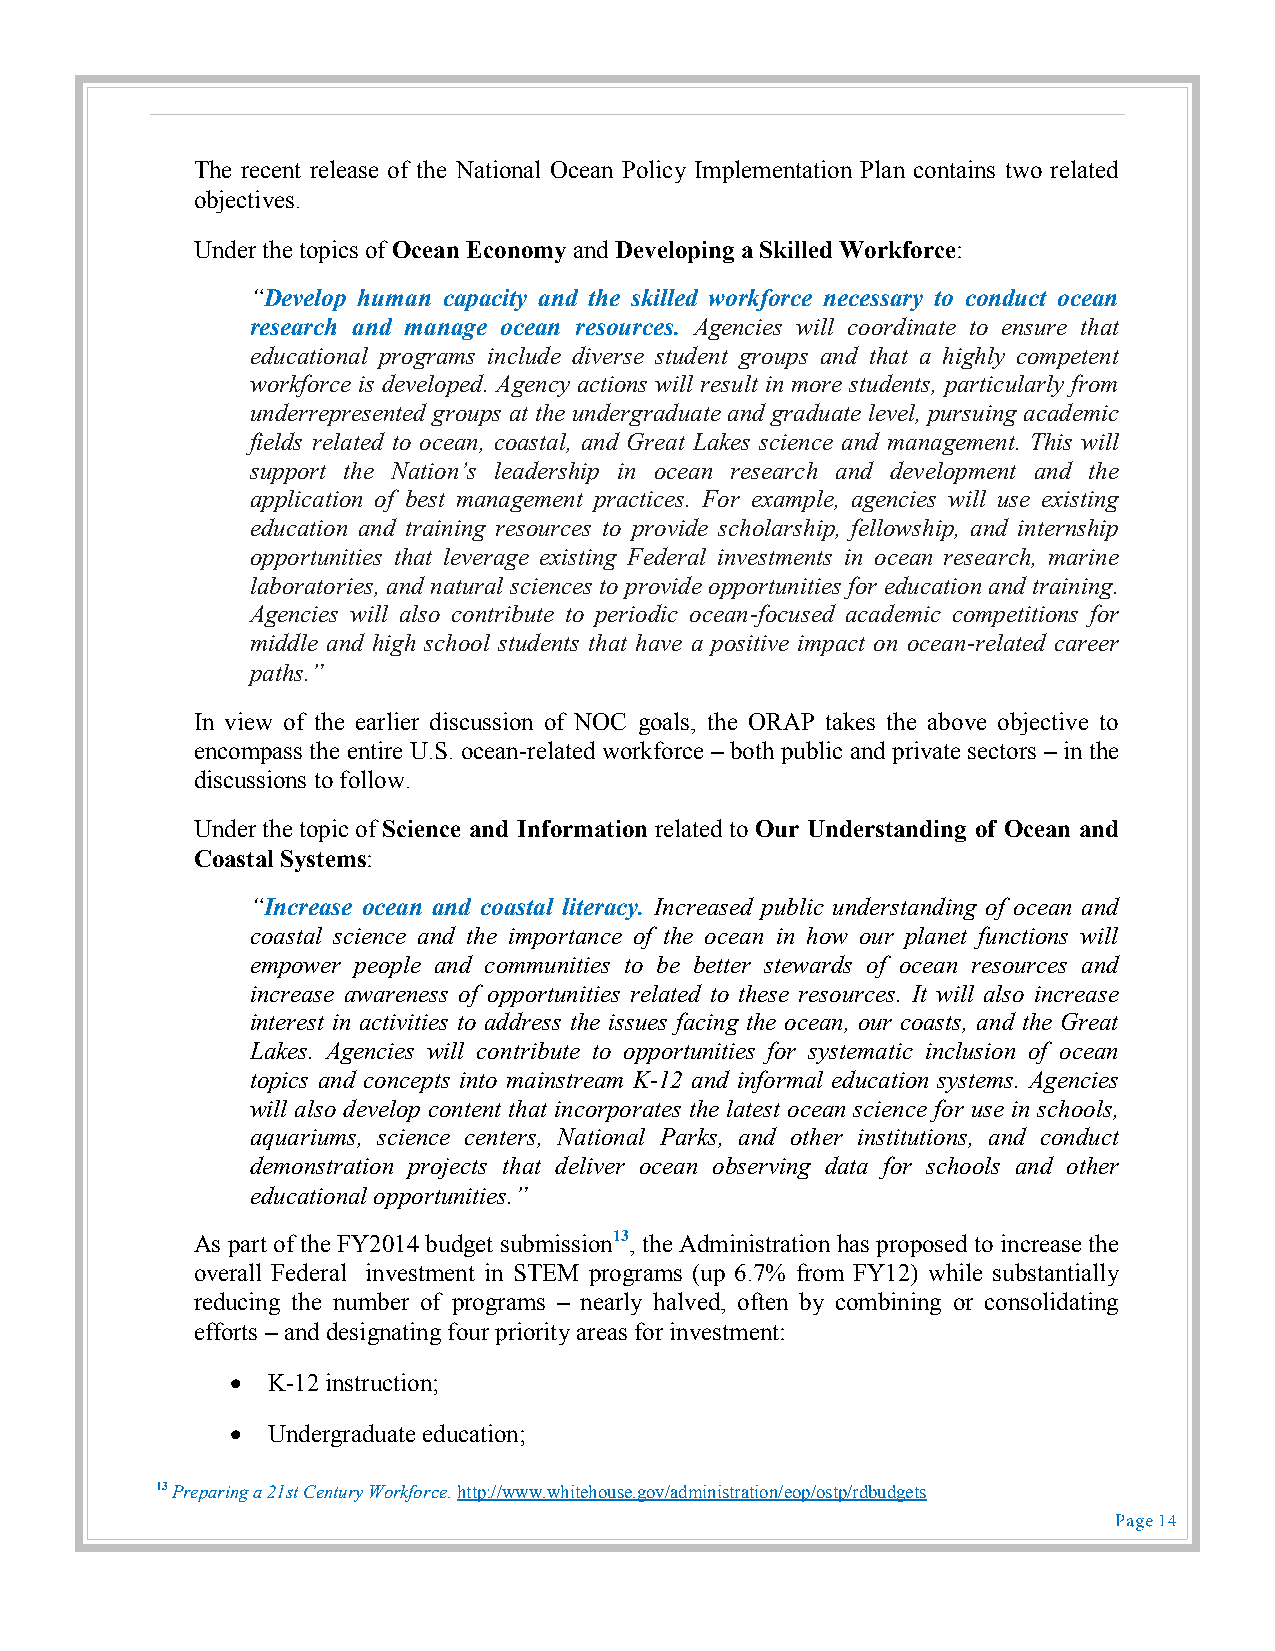
The recent release of the National Ocean Policy Implementation Plan contains two related
 objectives.
 Under the topics of Ocean Economy and Developing a Skilled Workforce:
 “Develop human capacity and the skilled workforce necessary to conduct ocean
 research and manage ocean resources. Agencies will coordinate to ensure that
 educational programs include diverse student groups and that a highly competent
 workforce is developed. Agency actions will result in more students, particularly from
 underrepresented groups at the undergraduate and graduate level, pursuing academic
 fields related to ocean, coastal, and Great Lakes science and management. This will
 support the Nation’s leadership in ocean research and development and the
 application of best management practices. For example, agencies will use existing
 education and training resources to provide scholarship, fellowship, and internship
 opportunities that leverage existing Federal investments in ocean research, marine
 laboratories, and natural sciences to provide opportunities for education and training.
 Agencies will also contribute to periodic ocean-focused academic competitions for
 middle and high school students that have a positive impact on ocean-related career
 paths.”
 In view of the earlier discussion of NOC goals, the ORAP takes the above objective to
 encompass the entire U.S. ocean-related workforce – both public and private sectors – in the
 discussions to follow.
 Under the topic of Science and Information related to Our Understanding of Ocean and
 Coastal Systems:
 “Increase ocean and coastal literacy. Increased public understanding of ocean and
 coastal science and the importance of the ocean in how our planet functions will
 empower people and communities to be better stewards of ocean resources and
 increase awareness of opportunities related to these resources. It will also increase
 interest in activities to address the issues facing the ocean, our coasts, and the Great
 Lakes. Agencies will contribute to opportunities for systematic inclusion of ocean
 topics and concepts into mainstream K-12 and informal education systems. Agencies
 will also develop content that incorporates the latest ocean science for use in schools,
 aquariums, science centers, National Parks, and other institutions, and conduct
 demonstration projects that deliver ocean observing data for schools and other
 educational opportunities.”
 As part of the FY2014 budget submission13, the Administration has proposed to increase the
 overall Federal investment in STEM programs (up 6.7% from FY12) while substantially
 reducing the number of programs – nearly halved, often by combining or consolidating
 efforts – and designating four priority areas for investment:
   K-12 instruction;
   Undergraduate education;
 13 Preparing a 21st Century Workforce. http://www.whitehouse.gov/administration/eop/ostp/rdbudgets